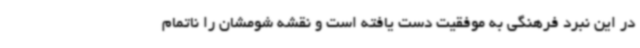
در این نبرد فرهنگی به موفقیت دست یافته است و نقشه شومشان را ناتمام